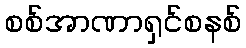
စစ်အာဏာရှင်စနစ်